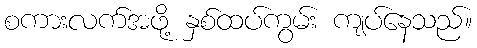
စကားလက်အဖို့ နှစ်ထပ်ကွမ်း ကျပ်နေသည်။